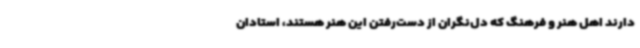
دارند اهل هنر و فرهنگ که دل‌نگران از دست‌رفتن این هنر هستند، استادان